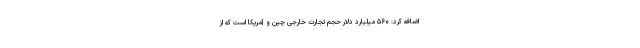
اضافه کرد: ۵۶۰ میلیارد دلار حجم تجارت خارجی چین و آمریکا است که از